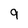
Character: 9